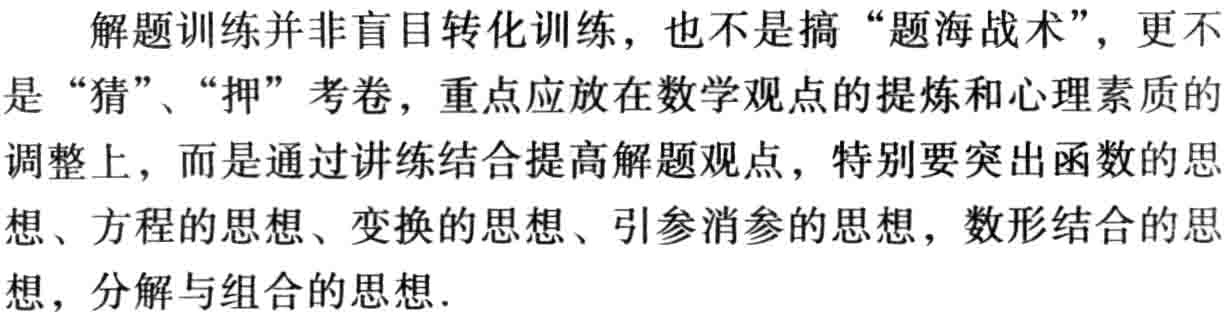
解题训练并非盲目转化训练，也不是搞“题海战术”，更不是“猜”、“押”考卷，重点应放在数学观点的提炼和心理素质的调整上，而是通过讲练结合提高解题观点，特别要突出函数的思想、方程的思想、变换的思想、引参消参的思想，数形结合的思想，分解与组合的思想.